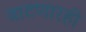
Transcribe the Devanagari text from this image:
वाटणारही